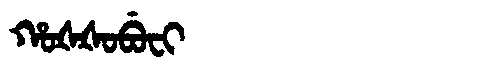
Manchu: ᡥᠣᡧᡧᠣᠪᡠᠸᡳ
Romanization: HOŠŠOBUFI